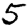
Digit: 5